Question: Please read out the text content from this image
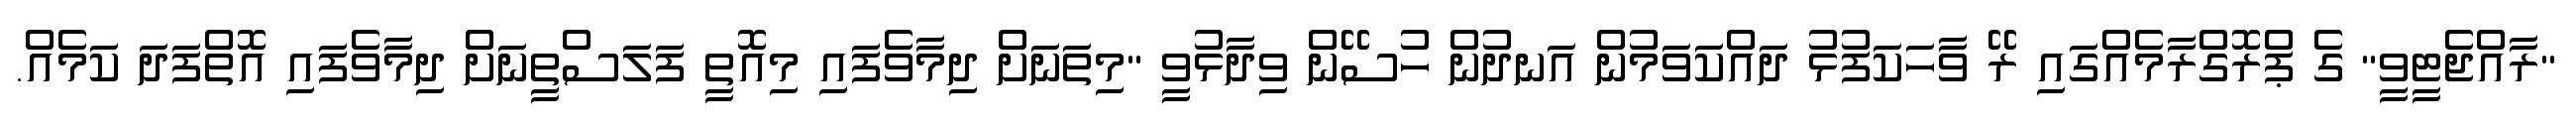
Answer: "ރާއްޖެޓީވީ" ގެ ޕްރޮގްރާމެއްގައި ރޭ ވާހަކަފުޅު ދައްކަވަމުން އަނދުން ހުސޭން ވިދާޅުވީ "މިތަނަށް ދިމާވެފައި މިއޮތީ ފަލަސްތީނަށް ދިމާވެފައި އޮތްފަދަ ކަމެއް.